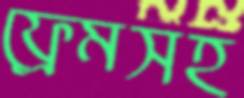
ফ্রেমসহ